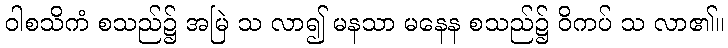
ဝါစသိကံ စသည်၌ အမြဲ သ လာ၍ မနသာ မနေန စသည်၌ ဝိကပ် သ လာ၏။